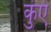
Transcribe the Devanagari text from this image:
कुंएं